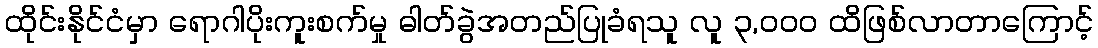
ထိုင်းနိုင်ငံမှာ ရောဂါပိုးကူးစက်မှု ဓါတ်ခွဲအတည်ပြုခံရသူ လူ ၃,၀၀၀ ထိဖြစ်လာတာကြောင့်